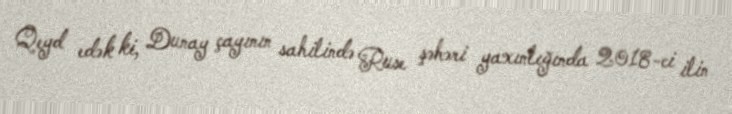
Qeyd edək ki, Dunay çayının sahilində Ruse şəhəri yaxınlığında 2018-ci ilin